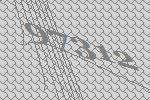
97312